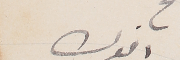
اخوك